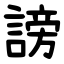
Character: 謗